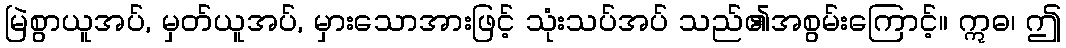
မြဲစွာယူအပ်, မှတ်ယူအပ်, မှားသောအားဖြင့် သုံးသပ်အပ် သည်၏အစွမ်းကြောင့်။ ဣဓ၊ ဤ